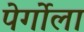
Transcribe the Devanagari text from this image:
पेर्गोला